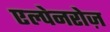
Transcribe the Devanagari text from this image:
एल्पेनरोज़